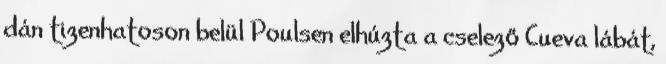
dán tizenhatoson belül Poulsen elhúzta a cselező Cueva lábát,